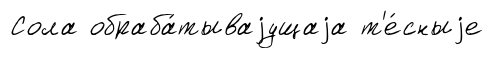
Сола обраба́тываjущаjа т'е́сныjе